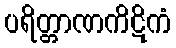
ပရိတ္တာဏကိဋိကံ